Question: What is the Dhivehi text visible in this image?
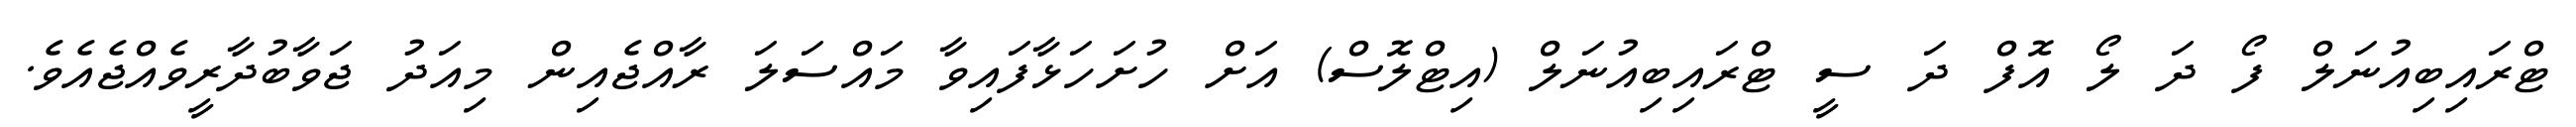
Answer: ޓްރައިބިއުނަލް ފޯ ދަ ލޯ އޮފް ދަ ސީ ޓްރައިބިއުނަލް (އިޓްލޮސް) އަށް ހުށަހަޅާފައިވާ މައްސަލަ ރާއްޖެއިން މިއަދު ޖަވާބުދާރީވެއްޖެއެވެ.